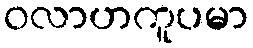
ဝလာဟကူပမာ